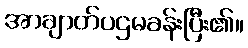
အာချာတ်ပဌမခန်းပြီး၏။